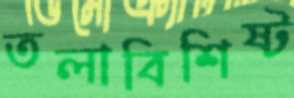
তলাবিশিষ্ট